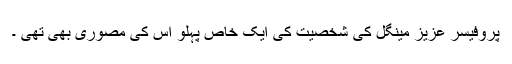
پروفیسر عزیز مینگل کی شخصیت کی ایک خاص پہلو اس کی مصوری بھی تھی ۔